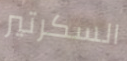
السكرتير